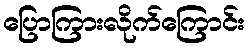
ပြောကြားလိုက်ကြောင်း